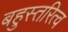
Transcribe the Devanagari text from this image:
बहुस्तरित्व